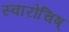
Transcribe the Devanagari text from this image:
स्वारोचिष्‌